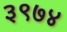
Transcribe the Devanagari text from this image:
३९७४